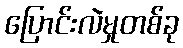
ပြောင်းလဲမှုတစ်ခု